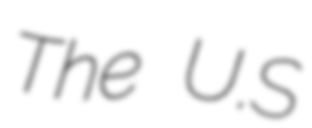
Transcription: The U.S